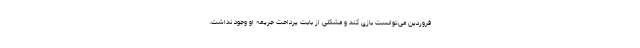
فروردین می‌توانست بازی کند و مشکلی از بابت پرداحت جریمه او وجود نداشت.